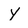
Character: Y